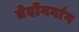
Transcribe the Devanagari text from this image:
तेदोंगगांग